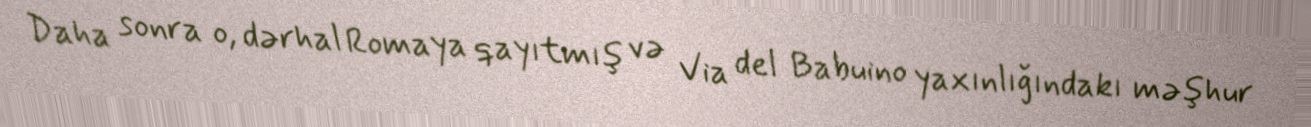
Daha sonra o, dərhal Romaya qayıtmış və Via del Babuino yaxınlığındakı məşhur